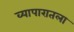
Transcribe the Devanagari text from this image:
व्यापारातला